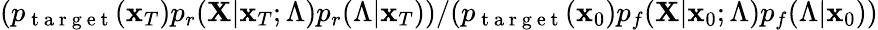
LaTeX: (p_{\mathrm{~t~a~r~g~e~t~}}(\mathbf{x}_{T})p_{r}(\mathbf{X}|\mathbf{x}_{T};\Lambda)p_{r}(\Lambda|\mathbf{x}_{T}))/(p_{\mathrm{~t~a~r~g~e~t~}}(\mathbf{x}_{0})p_{f}(\mathbf{X}|\mathbf{x}_{0};\Lambda)p_{f}(\Lambda|\mathbf{x}_{0}))